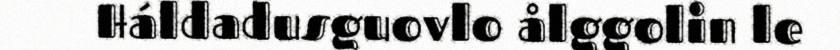
Háldadusguovlo ålggolin le